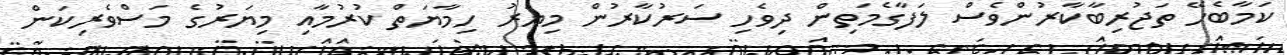
ކަމާބެހޭ ތަޖުރިބާކާރުންވެސް ލަފާގެމަތިން ދިވެހި ސަރުކާރުން މިޔަރު ހިމާޔަތް ކުރުމާއި މިޔަރުގެ މަސްވެރިކަން